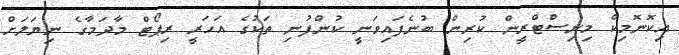
އިކޮނޮމިކް މިނިސްޓްރީން ކުރިން ބުނެފައިވަނީ ކުންފުނި ތަކުގެ އަހަރީ ރިޕޯޓް މާދަމާގެ ނިޔަލަށް